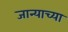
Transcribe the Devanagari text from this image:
जान्याच्या